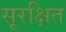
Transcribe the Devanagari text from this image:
सूरक्षित